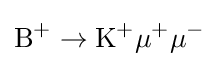
\mathrm {B} ^{+}\to \mathrm {K} ^{+}\mu ^{+}\mu ^{-}